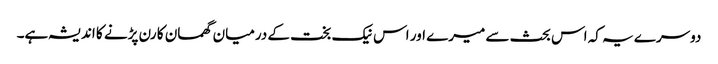
دوسرے یہ کہ اس بحث سے میرے اور اس نیک بخت کے درمیان گھمسان کا رن پڑنے کا اندیشہ ہے۔